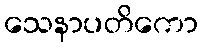
သေနာပတိကော